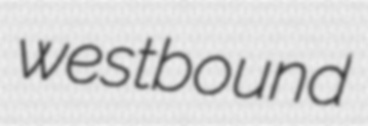
westbound